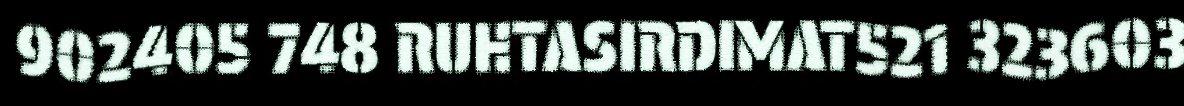
902405 748 RUHTASIRDIMAT521 323603